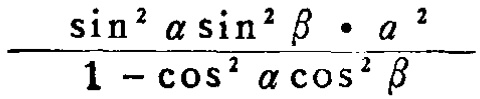
\frac{\sin^{2}\alpha\sin^{2}\beta\cdot a^{2}}{1 - \cos^{2}\alpha\cos^{2}\beta}